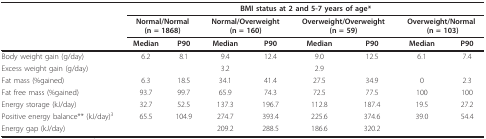
|  | <COLSPAN=8> BMI status at 2 and 5-7 years of age* |
 |  | <COLSPAN=2> Normal/Normal (n = 1868) | <COLSPAN=2> Normal/Overweight (n = 160) | <COLSPAN=2> Overweight/Overweight (n = 59) | <COLSPAN=2> Overweight/Normal (n = 103) |
 |  | Median | P90 | Median | P90 | Median | P90 | Median | P90 |
 | --- | --- | --- | --- | --- | --- | --- | --- | --- |
 | Body weight gain (g/day) | 6.2 | 8.1 | 9.4 | 12.4 | 9.0 | 12.5 | 6.1 | 7.4 |
 | Excess weight gain (g/day) |  |  | 3.2 |  | 2.9 |  |  |  |
 | Fat mass (%gained) | 6.3 | 18.5 | 34.1 | 41.4 | 27.5 | 34.9 | 0 | 2.3 |
 | Fat free mass (%gained) | 93.7 | 99.7 | 65.9 | 74.3 | 72.5 | 77.5 | 100 | 100 |
 | Energy storage (kJ/day) | 32.7 | 52.5 | 137.3 | 196.7 | 112.8 | 187.4 | 19.5 | 27.2 |
 | Positive energy balance** (kJ/day)3 | 65.5 | 104.9 | 274.7 | 393.4 | 225.6 | 374.6 | 39.0 | 54.4 |
 | Energy gap (kJ/day) |  |  | 209.2 | 288.5 | 186.6 | 320.2 |  |  |